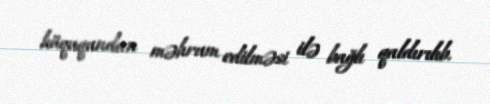
hüququndan məhrum edilməsi ilə bağlı qaldırılıb.